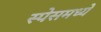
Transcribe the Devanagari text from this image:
स्पेसमध्ये